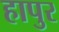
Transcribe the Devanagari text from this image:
हापुर